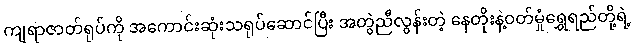
ကျရာဇာတ်ရုပ်ကို အကောင်းဆုံးသရုပ်ဆောင်ပြီး အတွဲညီလွန်းတဲ့ နေတိုးနဲ့ဝတ်မှုံရွှေရည်တို့ရဲ့